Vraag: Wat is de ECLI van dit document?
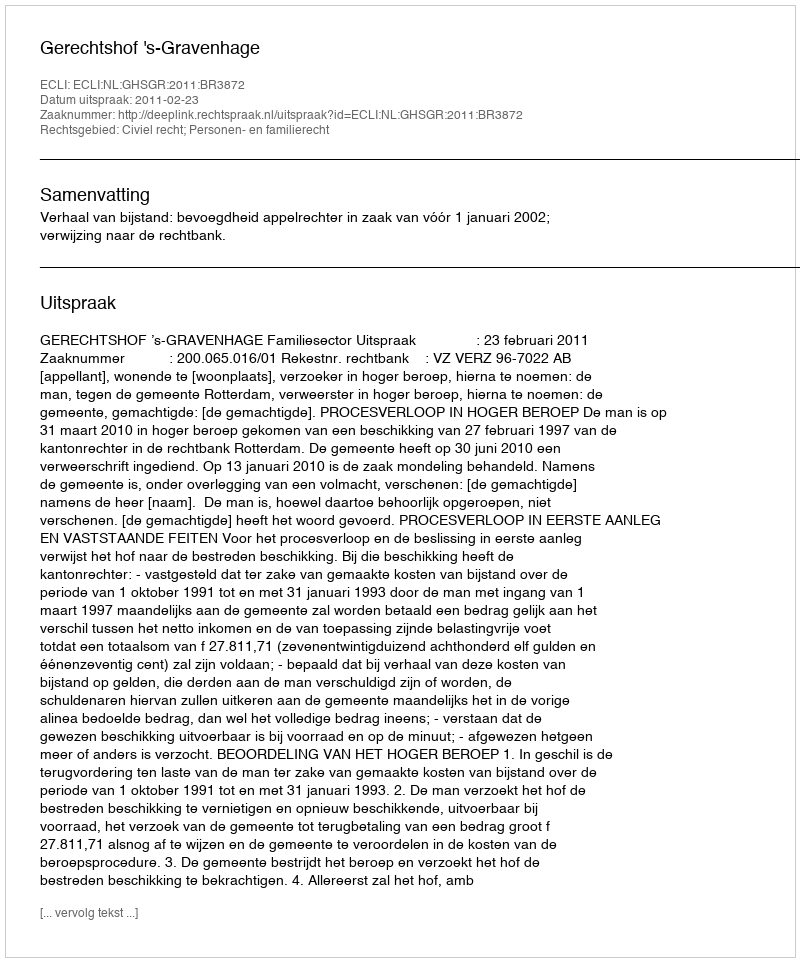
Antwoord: ECLI:NL:GHSGR:2011:BR3872